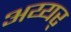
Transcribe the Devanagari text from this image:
अय्यर्